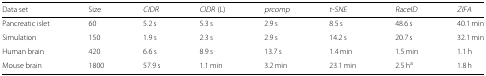
<table><thead><tr><td><b>Data set</b></td><td><b>Size</b></td><td><b>CIDR</b></td><td><b>CIDR (L)</b></td><td><b>prcomp</b></td><td><b>t-SNE</b></td><td><b>RaceID</b></td><td><b>ZIFA</b></td></tr></thead><tbody><tr><td>Pancreatic islet</td><td>60</td><td>5.2 s</td><td>5.3 s</td><td>2.9 s</td><td>8.5 s</td><td>48.6 s</td><td>40.1 min</td></tr><tr><td>Simulation</td><td>150</td><td>1.9 s</td><td>2.3 s</td><td>2.9 s</td><td>14.2 s</td><td>20.7 s</td><td>32.1 min</td></tr><tr><td>Human brain</td><td>420</td><td>6.6 s</td><td>8.9 s</td><td>13.7 s</td><td>1.4 min</td><td>1.5 min</td><td>1.1 h</td></tr><tr><td>Mouse brain</td><td>1800</td><td>57.9 s</td><td>1.1 min</td><td>3.2 min</td><td>23.1 min</td><td>2.5 h<sup>a</sup></td><td>1.8 h</td></tr></tbody></table>